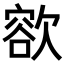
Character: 𣤄